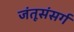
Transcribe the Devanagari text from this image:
जंतूसंसर्ग